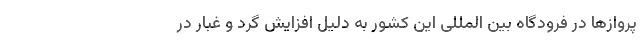
پروازها در فرودگاه بین المللی این کشور به دلیل افزایش گرد و غبار در